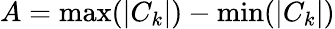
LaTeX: {A=\operatorname*{max}(|C_{k}|)-\operatorname*{min}(|C_{k}|)}